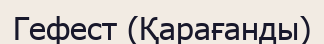
Гефест (Қарағанды)